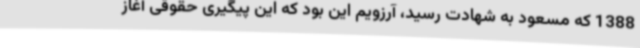
1388 که مسعود به شهادت رسید، آرزویم این بود که این پیگیری حقوقی آغاز